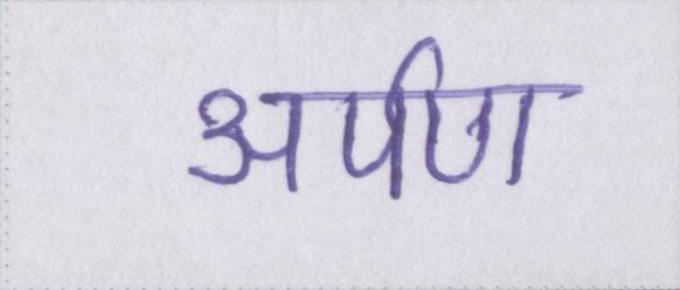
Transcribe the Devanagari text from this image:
अर्पण